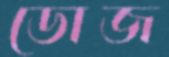
ডোজ